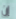
إن